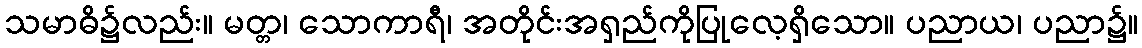
သမာဓိ၌လည်း။ မတ္တ၊ သောကာရီ၊ အတိုင်းအရှည်ကိုပြုလေ့ရှိသော။ ပညာယ၊ ပညာ၌။